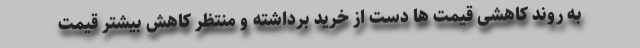
به روند کاهشی قیمت ها دست از خرید برداشته و منتظر کاهش بیشتر قیمت